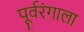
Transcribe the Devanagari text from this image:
पूर्वरंगाला